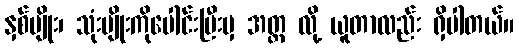
နှစ်မျိုး၊ သုံးမျိုးကိုပေါင်းပြီးမှ အတ္တ လို့ ယူတာလည်း ရှိပါတယ်။